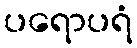
ပရောပရံ